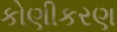
કોણીકરણ